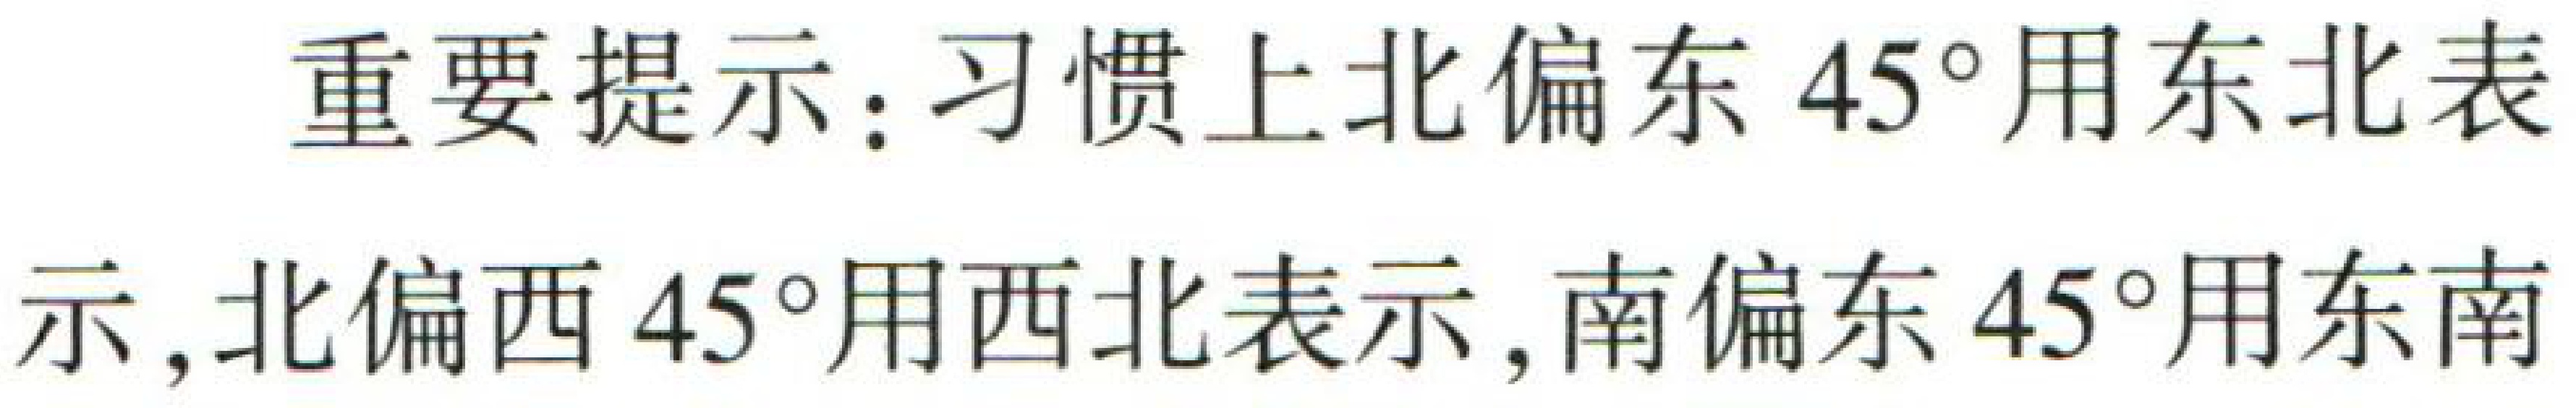
重要提示：习惯上北偏东 \(45^{\circ}\) 用东北表示，北偏西 \(45^{\circ}\) 用西北表示，南偏东 \(45^{\circ}\) 用东南